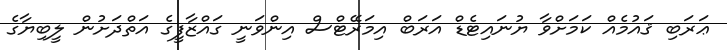
ޢަރަބި ޤައުމެއް ކަމަށްވާ ޔުނައިޓެޑް އަރަބް އިމަރޭޓްސް އިންވަނީ ގައްޒާފީގެ އަތްދަށުން ލީބިޔާގެ